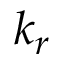
k _ { r }